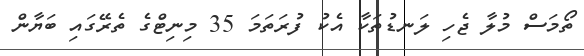
ތޯމަސް މުލާ ޖެހި ލަނޑުތަކާ އެކު ފުރަތަމަ 35 މިނިޓްގެ ތެރޭގައި ބަޔާން